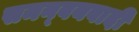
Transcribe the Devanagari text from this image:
समन्‍वयवादी